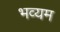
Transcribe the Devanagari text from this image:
भव्यम